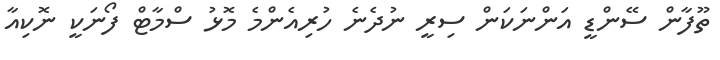
ތޫފާން ސޭންޑީ އަންނަކަން ސިރީ ނުދެނެ ހުރިއެންމެ މޮޅު ސްމާޓް ފޯނަކީ ނޮކިއާ